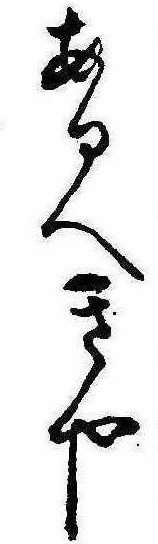
あるへきや